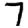
Digit: 7